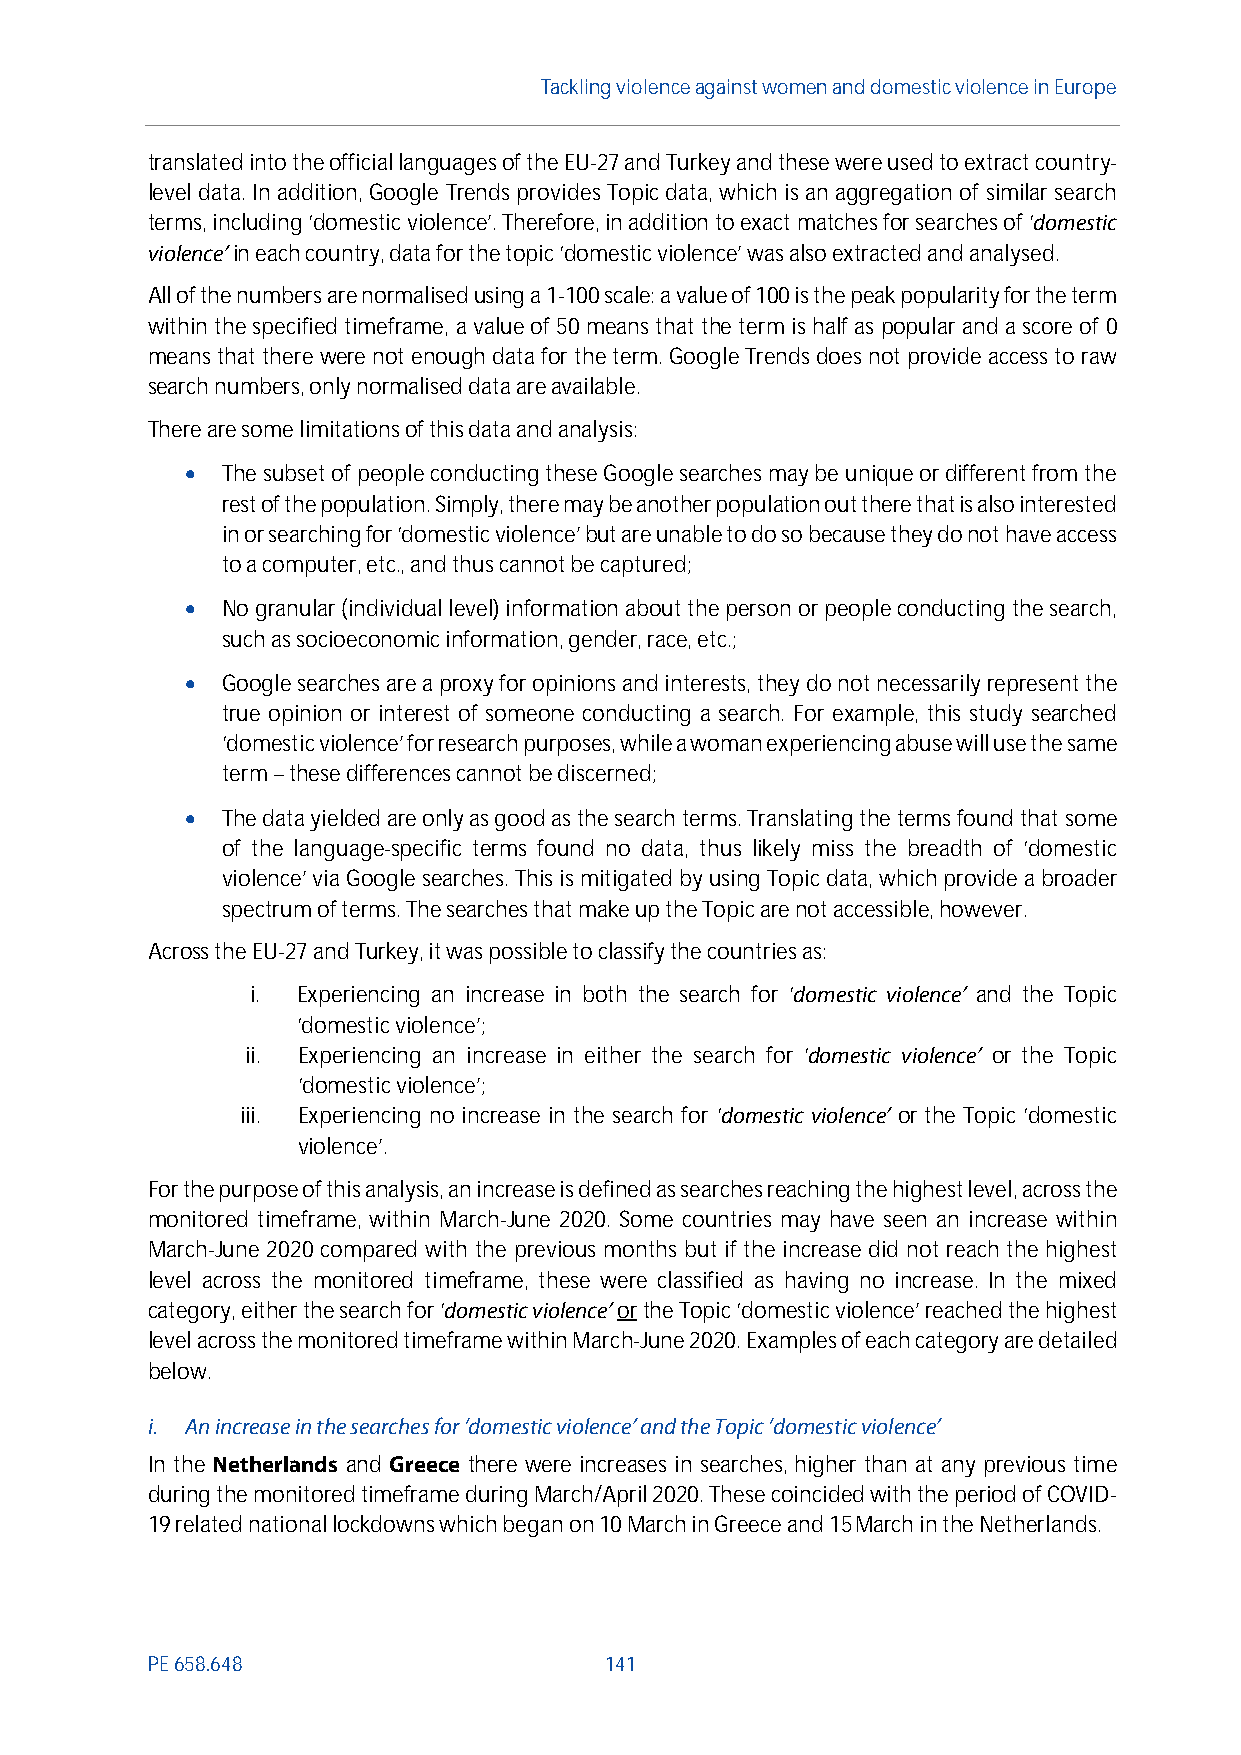
Tackling violenceagainst women and domestic violence in Europe
 translated into the official languages of the EU-27 and Turkey and these were used to extract country-
 level data. In addition, Google Trends provides Topic data, which is an aggregation of similar search
 terms, including ‘domestic violence’. Therefore, in addition to exact matches for searches of ‘domestic
 violence’in each country, data for the topic ‘domestic violence’ was also extracted and analysed.
 All of the numbers arenormalisedusing a 1-100scale: a value of 100 is the peak popularity for the term
 within the specified timeframe, a value of 50 means that the term is half as popular and a score of 0
 means that there were not enough data for the term. Google Trends does not provide access to raw
 search numbers, only normalised dataareavailable.
 There are some limitations of this data and analysis:
   The subset of people conducting these Google searches may be unique ordifferent from the
 rest of the population. Simply, there may be another population out there that is also interested
 in or searching for ‘domestic violence’but are unable to do so because they do not have access
 to a computer, etc., and thus cannot be captured;
   No granular (individual level) information about the person or peopleconducting the search,
 such as socioeconomic information, gender, race, etc.;
   Google searches are a proxy for opinions and interests, they do not necessarily represent the
 true opinion or interest of someone conducting a search. For example, this study searched
 ‘domestic violence’ for research purposes, while a woman experiencing abuse will use the same
 term–these differences cannot be discerned;
   The data yielded are only as good as the search terms. Translating the terms found that some
 of the language-specific terms found no data, thus likely miss the breadth of ‘domestic
 violence’ via Google searches. This is mitigated by using Topic data, which provide a broader
 spectrum of terms. The searches that make up the Topic are not accessible, however.
 Across the EU-27 and Turkey, it was possible to classify the countries as:
 i. Experiencing an increase in both the search for ‘domestic violence’ and the Topic
 ‘domestic violence’;
 ii. Experiencing an increase in either the search for ‘domestic violence’ or the Topic
 ‘domestic violence’;
 iii. Experiencing no increase in the search for ‘domestic violence’ or the Topic ‘domestic
 violence’.
 For the purpose of this analysis, an increase is defined as searches reaching the highest level, across the
 monitored timeframe, within March-June 2020. Some countries may have seen an increase within
 March-June 2020 compared with the previous months but if the increase did not reach the highest
 level across the monitored timeframe, these were classified as having no increase. In the mixed
 category, either the search for ‘domestic violence’orthe Topic ‘domestic violence’ reached the highest
 level across the monitored timeframe within March-June 2020. Examples of each category are detailed
 below.
 i. An increase in the searchesfor‘domestic violence’and theTopic‘domesticviolence’
 In the Netherlands and Greece there were increases in searches, higher than at any previous time
 during the monitored timeframe during March/April 2020. These coincidedwith the period of COVID-
 19 related national lockdowns which began on10 March in Greece and 15March in the Netherlands.
 PE658.648                     141